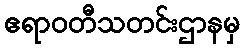
ဧရာဝတီသတင်းဌာနမှ